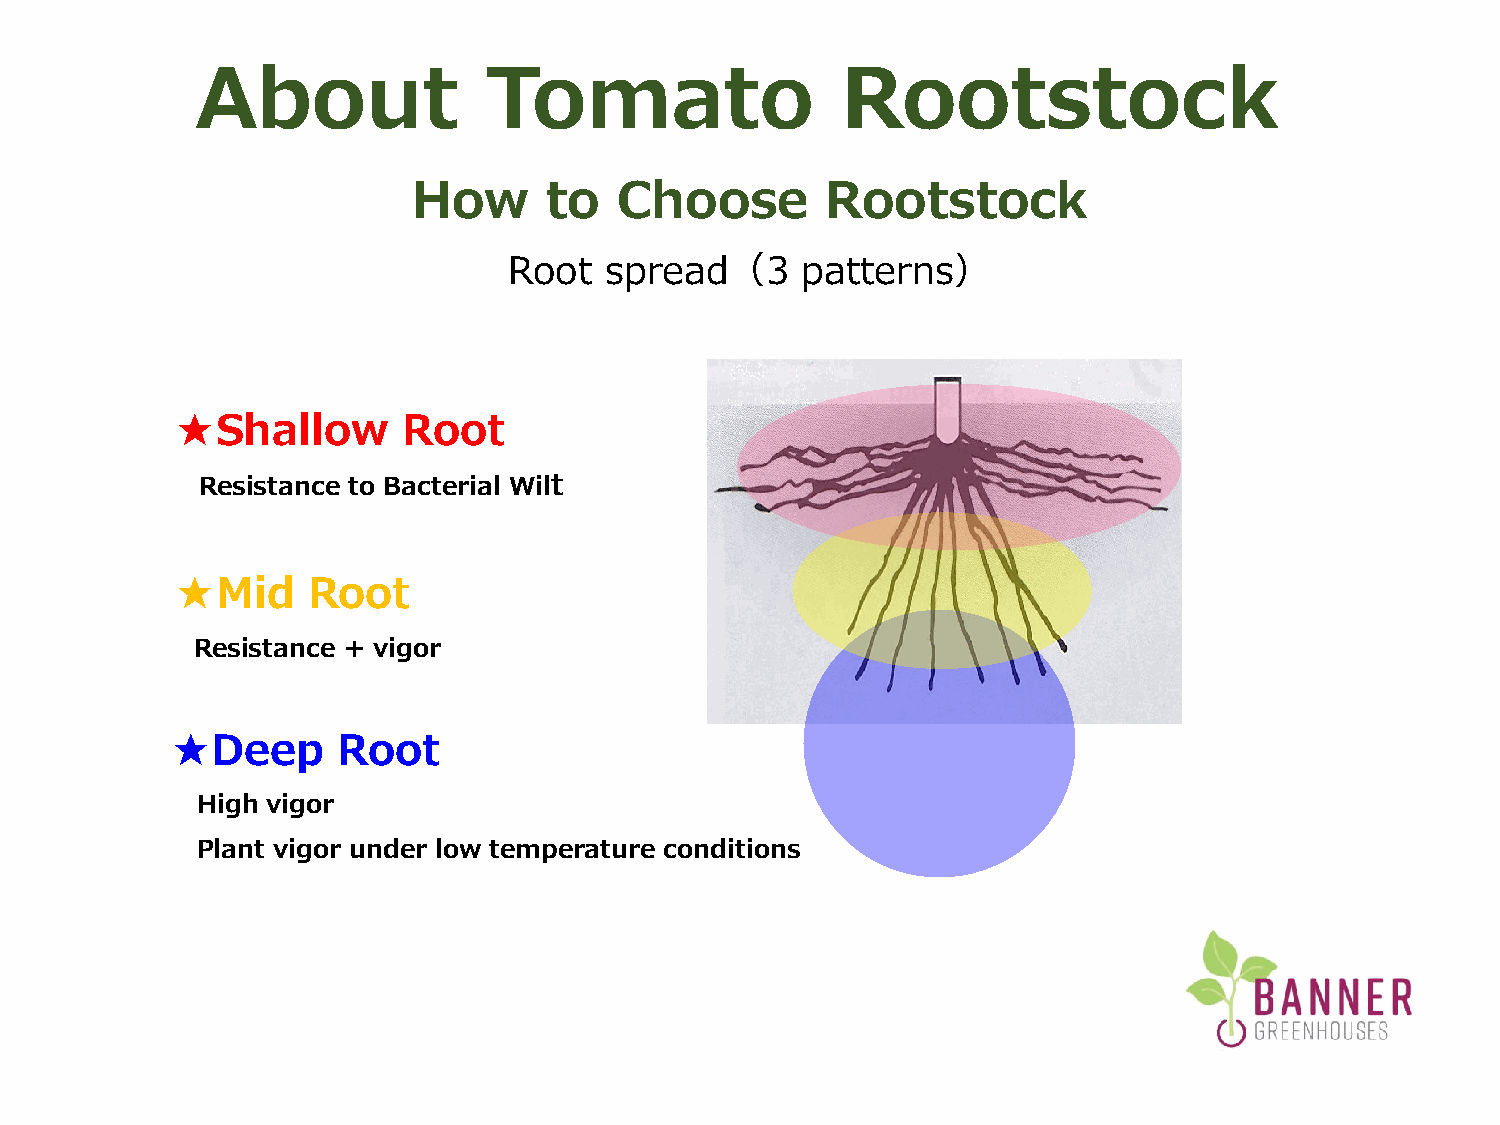
About              Tomato                  Rootstock
 How      to   Choose        Rootstock
 Root  spread（3     patterns）
 ★Shallow       Root
 Resistance to Bacterial Wilt
 ★Mid    Root
 Resistance + vigor
 ★Deep      Root
 High vigor
 Plant vigor under low temperature conditions